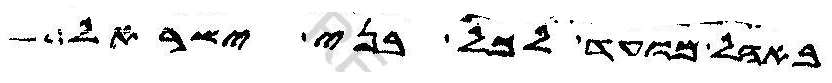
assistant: באהל מועד לכל בני ישראל